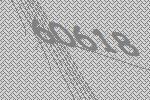
60618